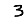
Digit: 3